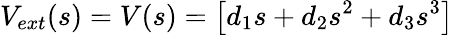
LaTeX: V_{ext}(s)=V(s)=\left[d_{1}s+d_{2}s^{2}+d_{3}s^{3}\right]